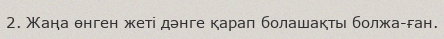
2. Жаңа өнген жеті дәнге қарап болашақты болжа-ған.